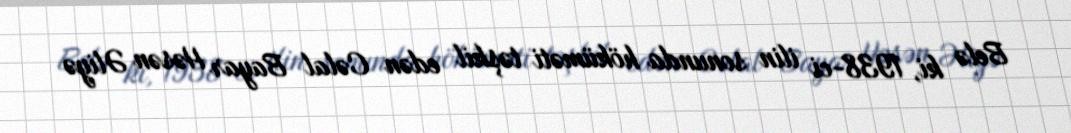
Belə ki, 1938-ci ilin sonunda höküməti təşkil edən Cəlal Bayar Həsən Əliyə